Statistical return of the lunatic asylum in Assam - 1912-1932
Year: 1912
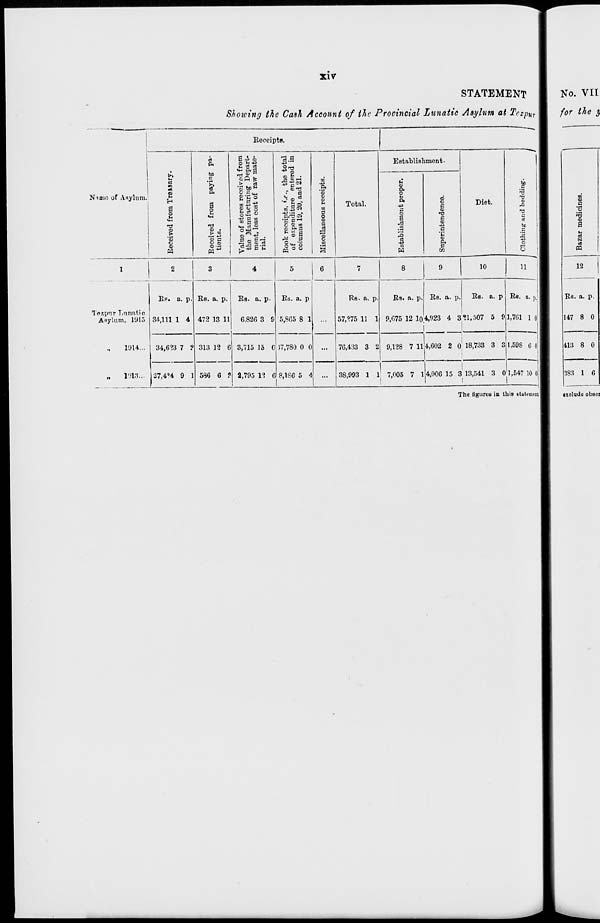
i
>2
J
■41
3 r"
M
i **
M
3
5^
i
*»
:
| '
da
1
to
CO
52
*■
*■
>—i
W
05
*-
CO
K*
to
©
~J
*-
P
1
'O
$
CO
1-1
CD
A
CO
CO
CO
1—'
P
oa
CO
co
•d
**»
Ol
to
CO
en
W
©
M
00
Ol
Cn
to
©
p
lit
M
«,«
co
>n
©
O
v>
00
^5
Or
CO
©
3
©
"bo
©
en
Cn
©
CO
n
!•>
©
t-4
•o
©
CO
~4
C.T
CO
©
^1
©
to-
.c
©
«J
73
CO
co
1-J
m
~J
h-"
CO
h "'
P
1—
to
M
•p
-7
to
-r>
©
T-»
©
S3
O
to
~3
Cn
00
1—'
0)
co
~J
~a
to
P
i-»
►-i
W
i—'
©
lt»
*-
i^
o
o
©
©
©
to
w
©
to
CO
£°
©
1—>
tfi
^
p
H
CO
©
00
CO
"w
sr
CIT
©
W
1—1
09
«3
©
v.
CO
CO
Cn
P
a
t?
o
CO
CO
•o
i-i
■
«T
Cn
<I
W
£■
^1
00
©
OB
hJ
I 1 o
~
1
/
<=.
<=> J
<=>
1
D
5
c
Received from Treisary.
Received from paying pa-
tients.
Value of stores received from
the Manufacturing Depart-
ment, less cost of raw mate-
rial.
Book receipts, *.e., the total
of expenditure enterod in
columns l'J, 20, and 21.
Miscellaneous receipts.
o
Establishment proper.
Superintendence.
CO
p
B o
3
g
CO*
Clothing' and bedding".
o
§2
•3
c»
^
-->
Si
Ok
4S
I
*
!?
**
>
>-3
Bazar medicines.